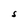
Character: S